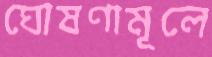
ঘোষণামূলে